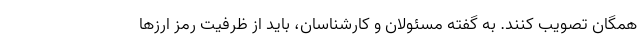
همگان تصویب کنند. به گفته مسئولان و کارشناسان، باید از ظرفیت رمز ارزها